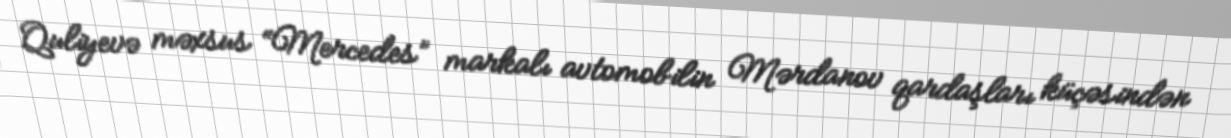
Quliyevə məxsus “Mercedes” markalı avtomobilin Mərdanov qardaşları küçəsindən